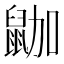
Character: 鿼